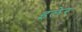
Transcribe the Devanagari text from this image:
इलेर